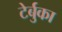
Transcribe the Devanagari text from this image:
टेर्बुका